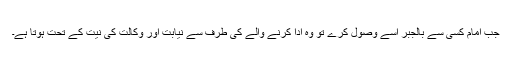
جب امام کسی سے بالجبر اُسے وصول کرے تو وہ ادا کرنے والے کی طرف سے نیابت اور وکالت کی نیت کے تحت ہوتا ہے۔